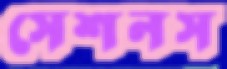
সেশনস